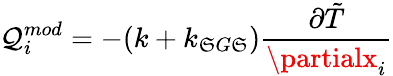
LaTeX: \mathcal{Q}_{i}^{mod}=-(k+k_{\mathfrak{S}G\mathfrak{S}})\frac{{\partial\tilde{{T}}}}{{\partialx_{i}}}